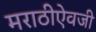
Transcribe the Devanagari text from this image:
मराठीऐवजी